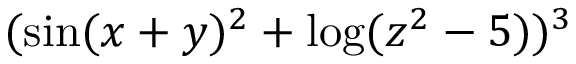
( \sin ( x + y ) ^ { 2 } + \log ( z ^ { 2 } - 5 ) ) ^ { 3 }